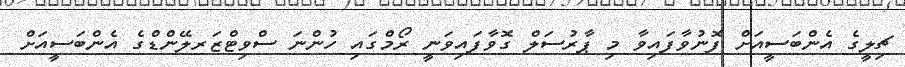
ޗިލީގެ އެންބަސީއަށް ފޮނުވާފައިވާ މި ޕާރުސަލް ގޮވާފައިވަނީ ރޯމްގައި ހުންނަ ސްވިޓްޒަރލޭންޑްގެ އެންބަސީއަށް